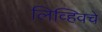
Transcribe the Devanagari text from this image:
लिव्हिवचे